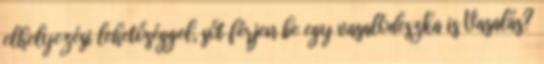
elhelyezési lehetőséggel, sőt férjen be egy vasalódeszka is Vasalás?